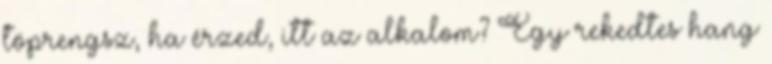
töprengsz, ha érzed, itt az alkalom? Egy rekedtes hang